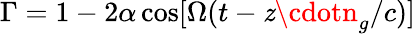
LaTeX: \Gamma=1-2\alpha\cos[\Omega(t-\mathit{z}\cdotn_{g}/c)]